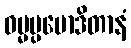
ဓမ္မပ္ပမောဒိတာနံ